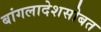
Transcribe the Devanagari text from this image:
बांगलादेशसोबत